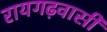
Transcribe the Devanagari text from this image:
रायगढ़वासी